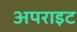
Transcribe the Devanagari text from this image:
अपराइट